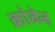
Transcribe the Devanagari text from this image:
क्रोवेन